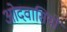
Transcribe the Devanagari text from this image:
ओदवासियों